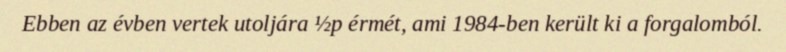
Ebben az évben vertek utoljára ½p érmét, ami 1984-ben került ki a forgalomból.